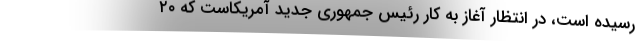
رسیده است، در انتظار آغاز به کار رئیس جمهوری جدید آمریکاست که ۲۰